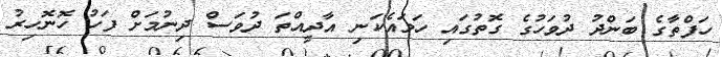
ހަފްތާގެ ބަންދު ދުވަހުގެ ގޮތުގައި ހަމައެކަނި އާދީއްތަ ދުވަސް ދިނުމަށް ފަހު ހޮނޮހިރު